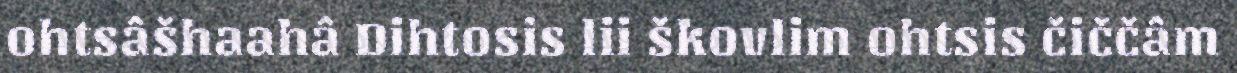
ohtsâšhaahâ Dihtosis lii škovlim ohtsis čiččâm